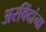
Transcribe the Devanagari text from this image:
अरविंदांना